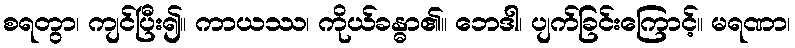
စရတွာ၊ ကျင်ပြီး၍။ ကာယဿ၊ ကိုယ်ခန္ဓာ၏။ ဘေဒါ၊ ပျက်ခြင်းကြောင့်။ မရဏာ၊